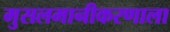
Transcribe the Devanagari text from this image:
मुसलमानीकरणाला